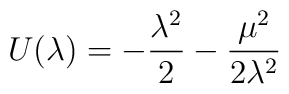
U(\lambda) =-\frac{\lambda^2}{2}-\frac{\mu^2}{2\lambda^2}